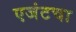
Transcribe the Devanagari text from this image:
एजंटचा